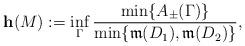
LaTeX: \begin{align*} \mathbf{h}(M):=\inf_{\Gamma}\frac{\min\{ A_{\pm}(\Gamma)\}}{\min\{ \mathfrak{m}(D_1),\mathfrak{m}(D_2)\}}, \end{align*}